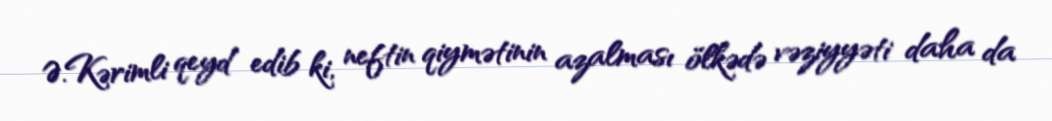
Ə.Kərimli qeyd edib ki, neftin qiymətinin azalması ölkədə vəziyyəti daha da